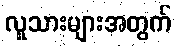
လူသားများအတွက်